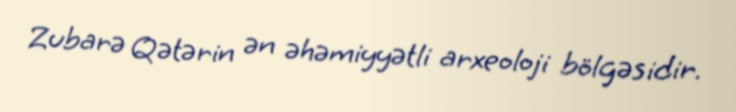
Zubarə Qətərin ən əhəmiyyətli arxeoloji bölgəsidir.